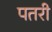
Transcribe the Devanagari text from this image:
पतरी